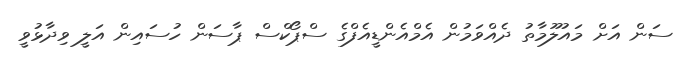
ސަން އަށް މައުލޫމާތު ދެއްވަމުން އެމްއެންޑީއެފްގެ ސްޕޯކްސް ޕާސަން ހުސައިން އަލީ ވިދާޅުވީ